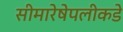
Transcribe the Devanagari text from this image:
सीमारेषेपलीकडे